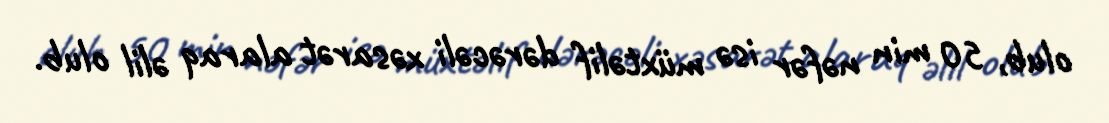
olub, 50 min nəfər isə müxtəlif dərəcəli xəsarət alaraq əlil olub.